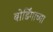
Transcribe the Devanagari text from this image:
बोर्डिंगाच्या